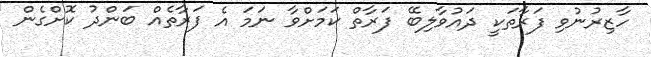
ހާޒިރުނުވި ފަރާތަކީ ދައުވާލިބޭ ފަރާތް ކަމަށްވާ ނަމަ އެ ފަރާތެއް ބަންދު ކޮށްގެން